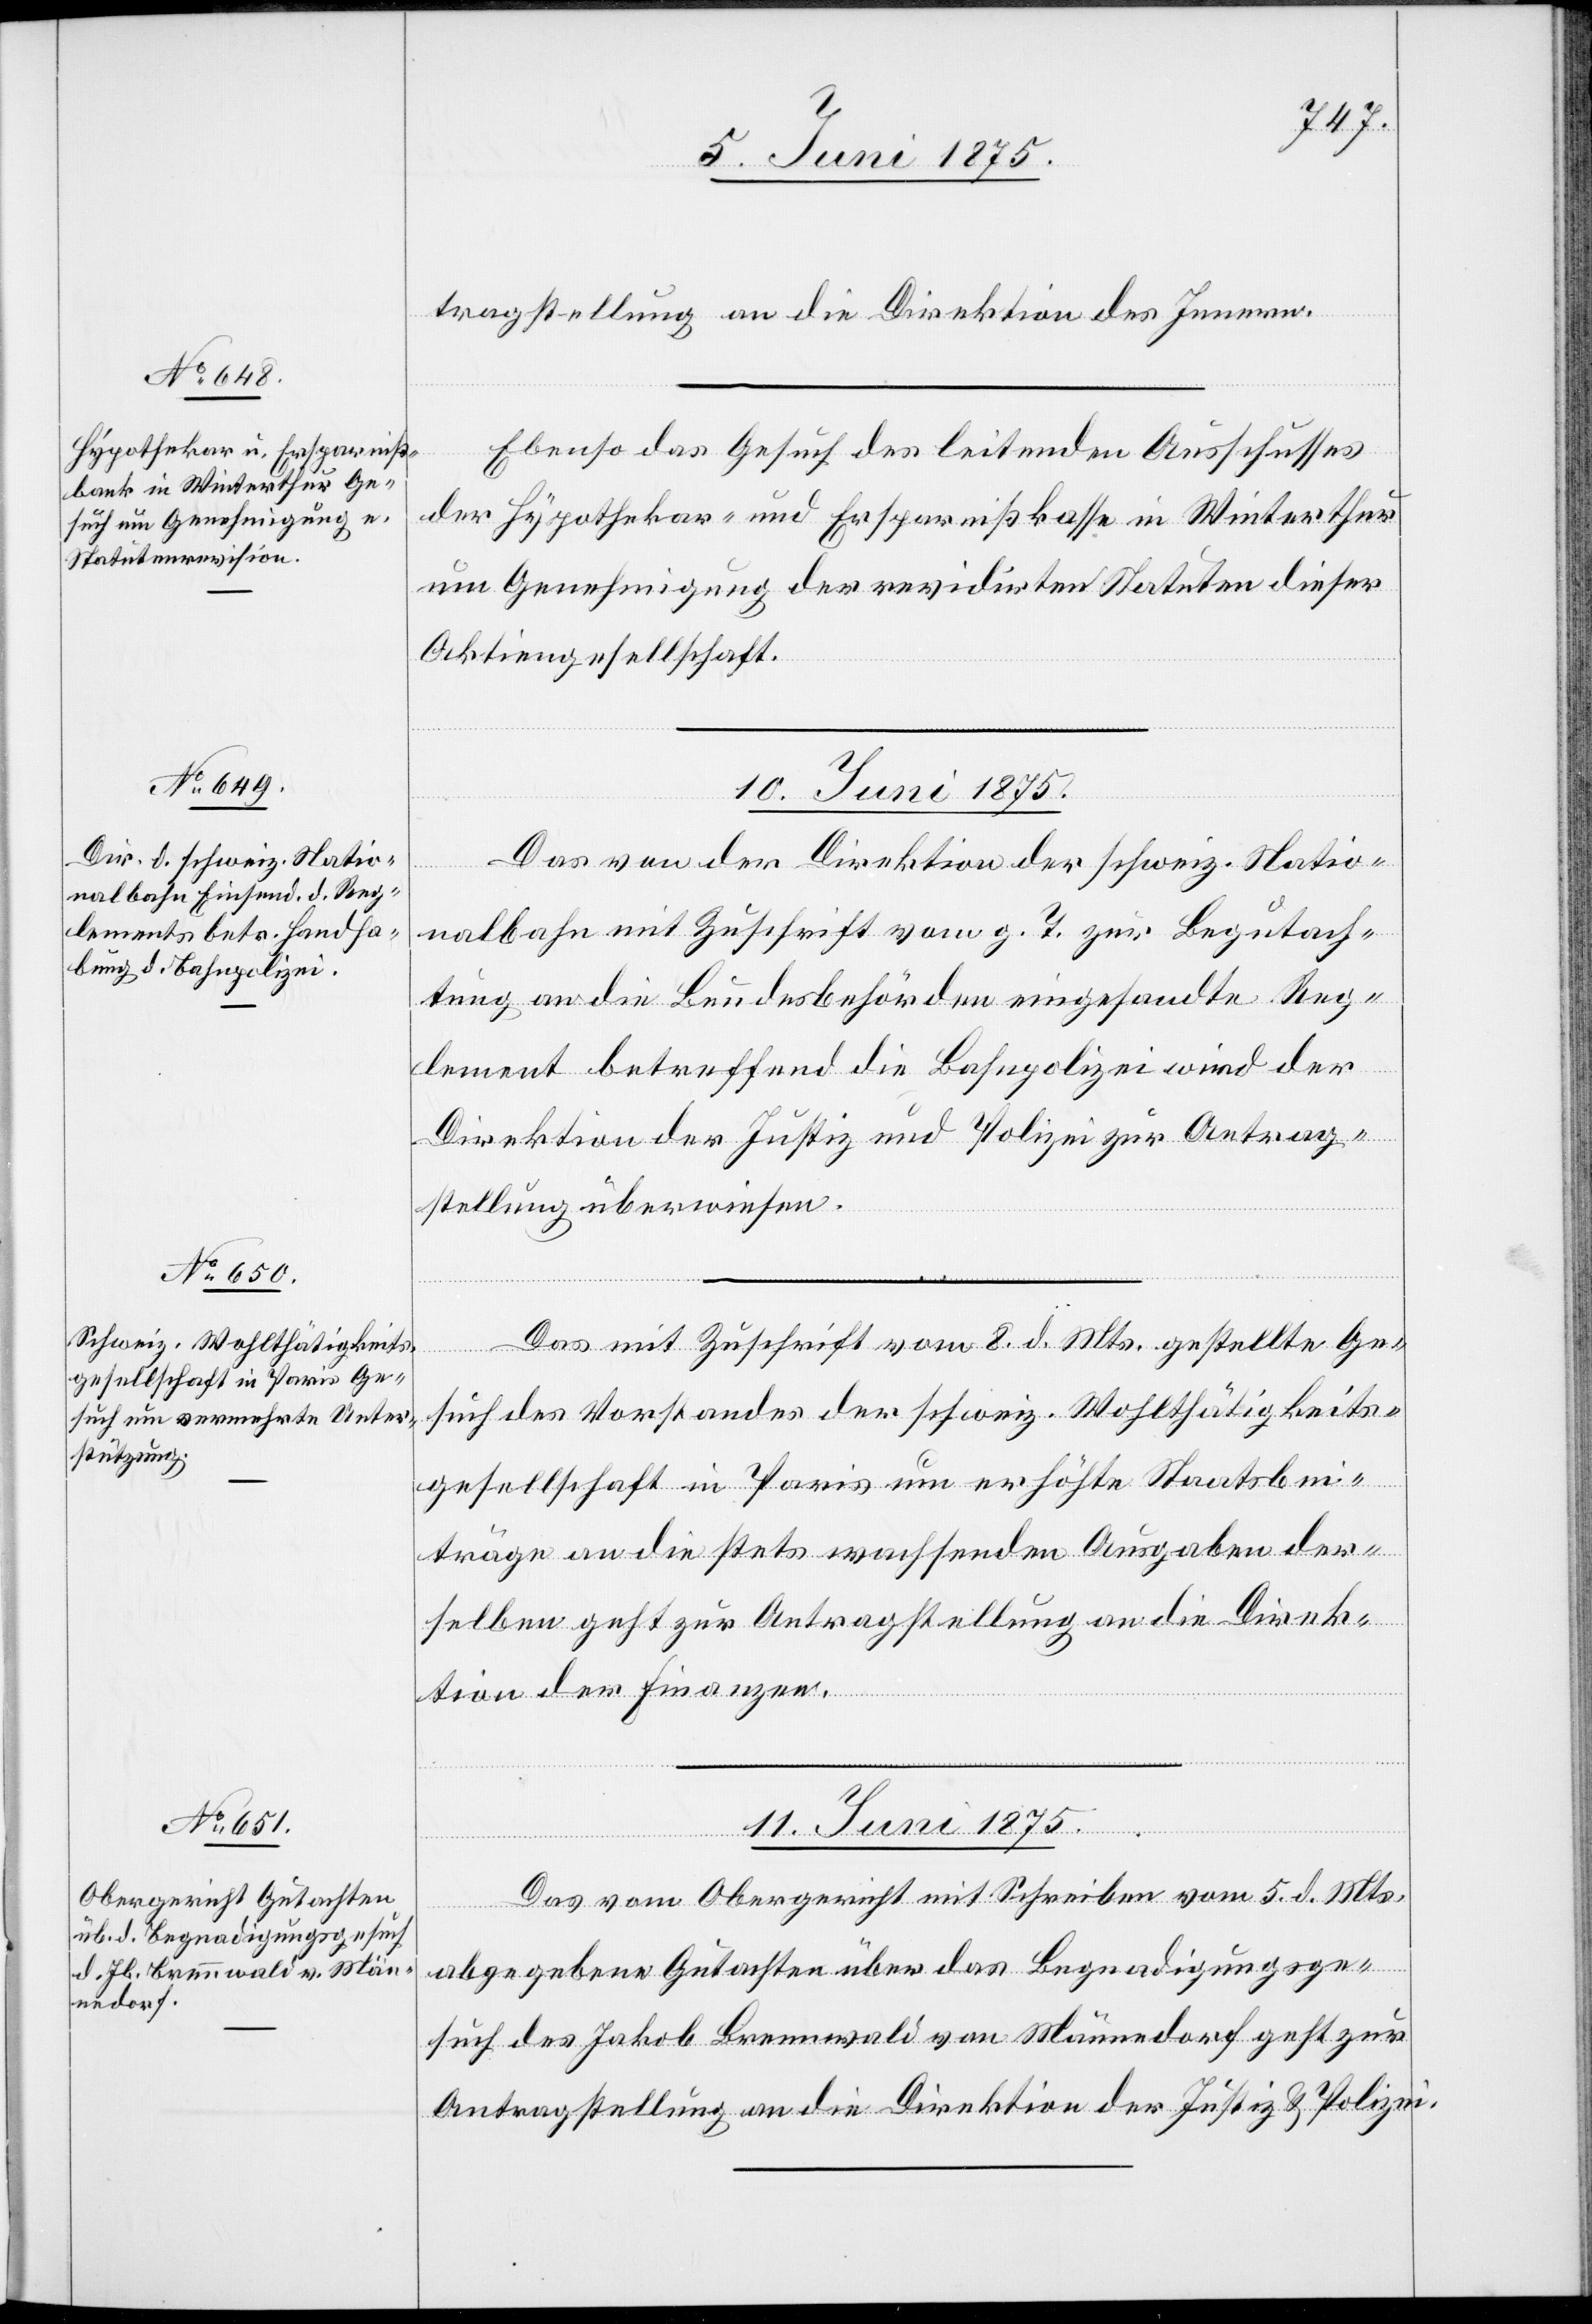
9. Juni 1875.]
tragstellung an die Direktion des Innern.
Ebenso das Gesuch des leitenden Ausschusses
der Hypothekar- und Ersparnißkasse in Winterthur
um Genehmigung der revidirten Statuten dieser
Aktiengesellschaft.
10. Juni 1875.]
Das von der Direktion der schweiz. Natio¬
nalbahn mit Zuschrift vom g. T. zur Begutach¬
tung an die Bundesbehörden eingesandte Reg¬
lement betreffend die Bahnpolizei wird der
Direktion der Justiz und Polizei zur Antrag¬
stellung überwiesen.
Das mit Zuschrift vom 8. d. Mts. gestellte Ge¬
such des Vorstandes der schweiz. Wohltätigkeits¬
etzung
gesellschaft in Paris um erhöhte Staatsbei¬
träge an die stets wachsenden Ausgaben der¬
selben geht zur Antragstellung an die Direk¬
tion der Finanzen.
11. Juni 1875.
Das vom Obergericht mit Schreiben vom 5. d. Mts.
abgegebene Gutachten über das Begnadigungsge¬
such des Jakob Brennwald von Männedorf geht zur
Antragstellung an die Direktion der Justiz & Polizei.